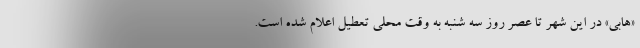
«هابی» در این شهر تا عصر روز سه شنبه به وقت محلی تعطیل اعلام شده است.